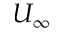
U _ { \infty }